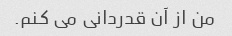
من از آن قدردانی می کنم.